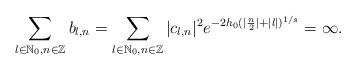
LaTeX: \begin{align*} \sum_{ l \in \mathbb{N}_{0}, n \in \mathbb{Z} } b_{l,n} =\sum_{ l \in \mathbb{N}_{0}, n \in \mathbb{Z} } |c_{l,n} |^2 e^{-2h_0(|\frac{n}{2}| + |l|)^{1/s}} = \infty.\end{align*}